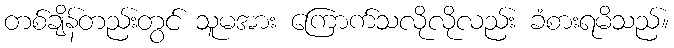
တစ်ချိန်တည်းတွင် သူမအား ကြောက်သလိုလိုလည်း ခံစားရမိသည်။